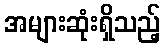
အများဆုံးရှိသည့်